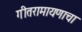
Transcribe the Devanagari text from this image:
गीतरामायणाचा